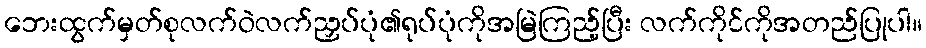
ဘေးထွက်မှတ်စုလက်ဝဲလက်ညှပ်ပုံ၏ရုပ်ပုံကိုအမြဲကြည့်ပြီး လက်ကိုင်ကိုအတည်ပြုပါ။